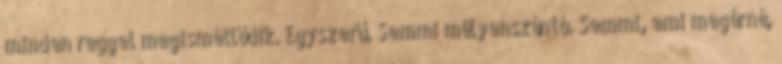
minden reggel megismétlődik. Egyszerű. Semmi mélyenszántó. Semmi, ami megérné,